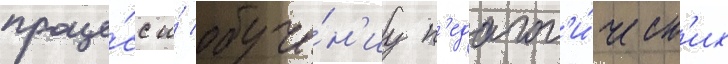
проце́сс и́ обуче́н'иу п'едагог'и́ческ'их